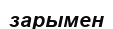
зарымен